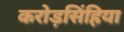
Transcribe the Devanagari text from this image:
करोड़सिंहिया